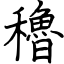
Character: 穭